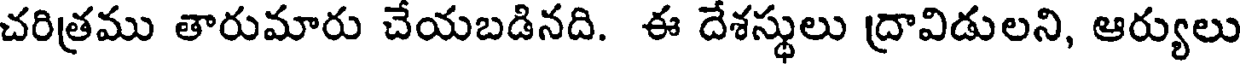
చరిత్రము తారుమారు చేయబడినది. ఈ దేశస్థులు ద్రావిడులని, ఆర్యులు